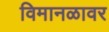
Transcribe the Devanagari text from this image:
विमानळावर